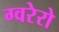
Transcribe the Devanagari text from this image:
ग्वरेरो